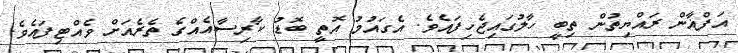
އަފްޣާން ރައްޔިތުން ތިބީ ހާލުގައިޖެހިފައެވެ. އެގައުމު އޮތީ ބޮޑު ކާރިސާއެއްގެ ތެރެއަށް ވެއްޓިފައެވެ.